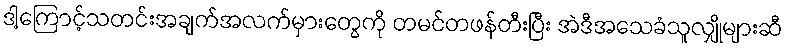
ဒါ့ကြောင့်သတင်းအချက်အလက်မှားတွေကို တမင်တဖန်တီးပြီး အဲဒီအသေခံသူလျှိုများဆီ